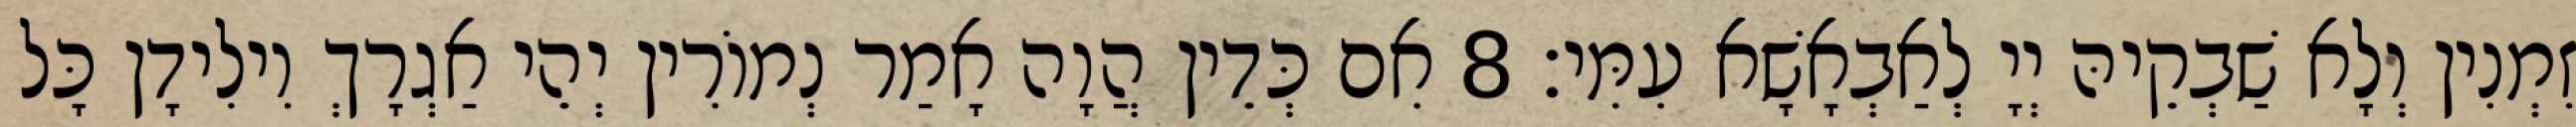
זִמְנִין וְלָא שַׁבְקֵיהּ יְיָ לְאַבְאָשָׁא עִמִּי׃ 8 אִם כְּדֵין הֲוָה אָמַר נְמוֹרִין יְהֵי אַגְרָךְ וִילִידָן כָּל